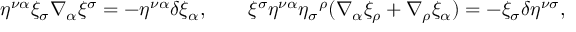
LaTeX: \eta ^ { \nu \alpha } \xi _ { \sigma } \nabla _ { \alpha } \xi ^ { \sigma } = - \eta ^ { \nu \alpha } \delta \xi _ { \alpha } , \qquad \xi ^ { \sigma } \eta ^ { \nu \alpha } \eta _ { \sigma } { ^ { \rho } } ( \nabla _ { \alpha } \xi _ { \rho } + \nabla _ { \rho } \xi _ { \alpha } ) = - \xi _ { \sigma } \delta \eta ^ { \nu \sigma } ,